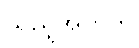
သည့်အတွက်